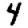
Digit: 4